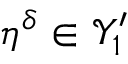
\eta ^ { \delta } \in \mathcal { Y } _ { 1 } ^ { \prime }